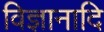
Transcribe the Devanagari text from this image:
विज्ञानादि